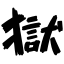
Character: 獄